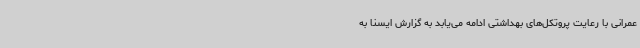
عمرانی با رعایت پروتکل‌های بهداشتی ادامه می‌یابد به گزارش ایسنا به